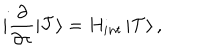
LaTeX: i \frac { \partial } { \partial \tau } \left| { \cal T } \right> = H _ { i n t } \left| { \cal T } \right> ,